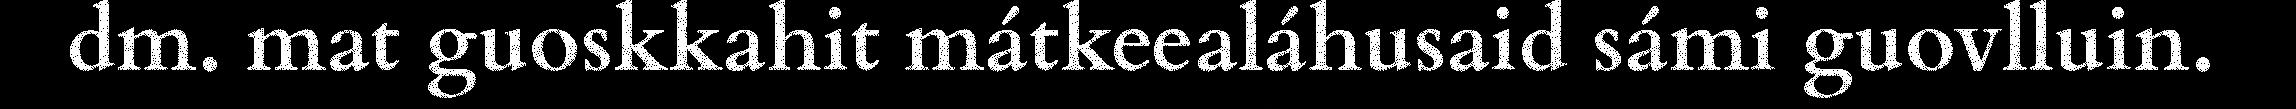
dm. mat guoskkahit mátkeealáhusaid sámi guovlluin.